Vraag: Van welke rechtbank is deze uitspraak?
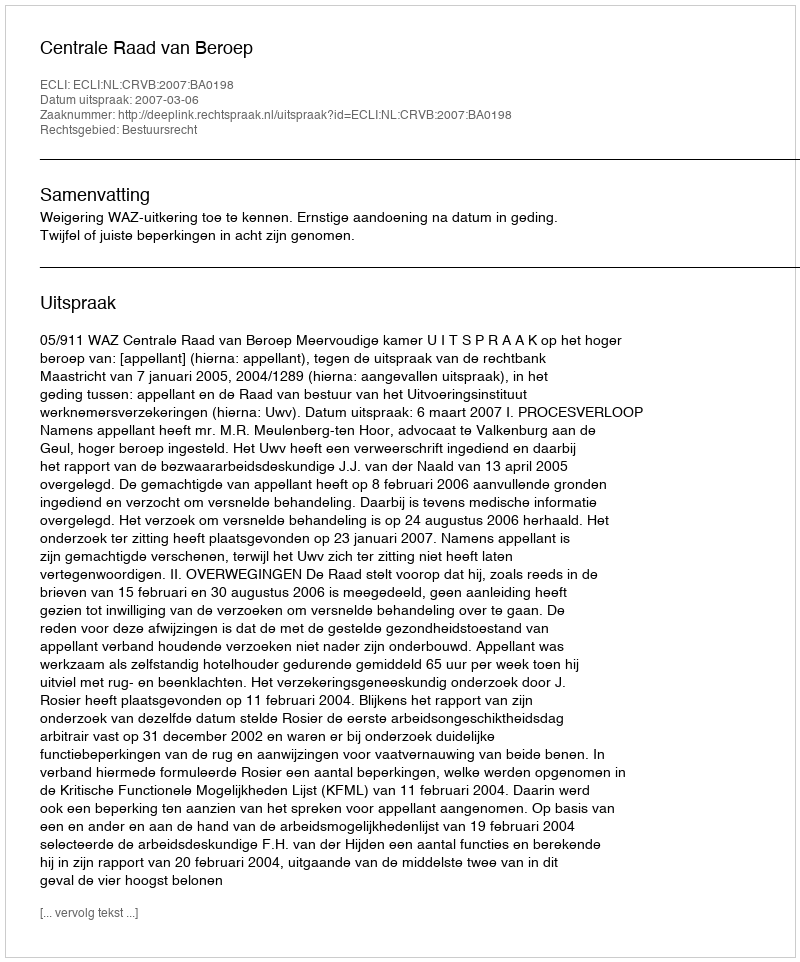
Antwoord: Centrale Raad van Beroep